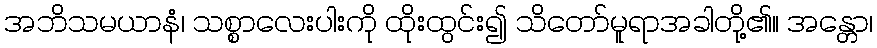
အဘိသမယာနံ၊ သစ္စာလေးပါးကို ထိုးထွင်း၍ သိတော်မူရာအခါတို့၏။ အန္တော၊